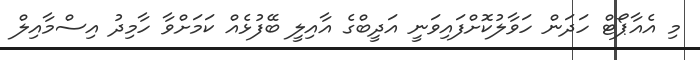
މި އެއާޕޯޓް ހަދަން ހަވާލުކޮށްފައިވަނީ އަދީބްގެ އާއިލީ ބޭފުޅެއް ކަމަށްވާ ހާމިދު އިސްމާއިލް